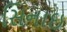
સિનાઇ